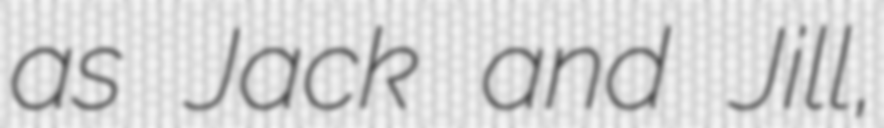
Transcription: as Jack and Jill,